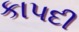
કાપદી